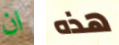
ان هذه